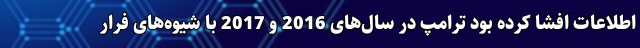
اطلاعات افشا کرده بود ترامپ در سال‌های 2016 و 2017 با شیوه‌های فرار